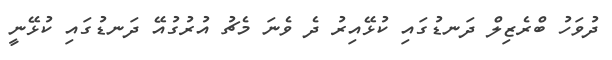
ދުވަހު ބްރެޒިލް ދަނޑުގައި ކުޅޭއިރު ދެ ވެނަ މެޗު އުރުގުއޭ ދަނޑުގައި ކުޅޭނީ